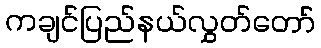
ကချင်ပြည်နယ်လွှတ်တော်